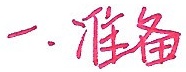
一、准备